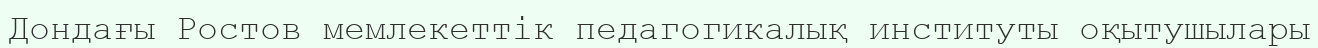
Дондағы Ростов мемлекеттік педагогикалық институты оқытушылары